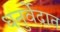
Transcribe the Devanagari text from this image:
धनुर्वेदात